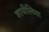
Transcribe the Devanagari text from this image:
शाधीलिया